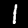
Digit: 1